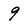
Character: 9